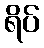
ရိပ်